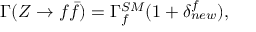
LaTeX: \Gamma ( Z \rightarrow f { \bar { f } } ) = \Gamma _ { f } ^ { S M } ( 1 + \delta _ { n e w } ^ { f } ) ,